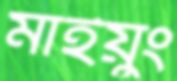
মাইয়ুং